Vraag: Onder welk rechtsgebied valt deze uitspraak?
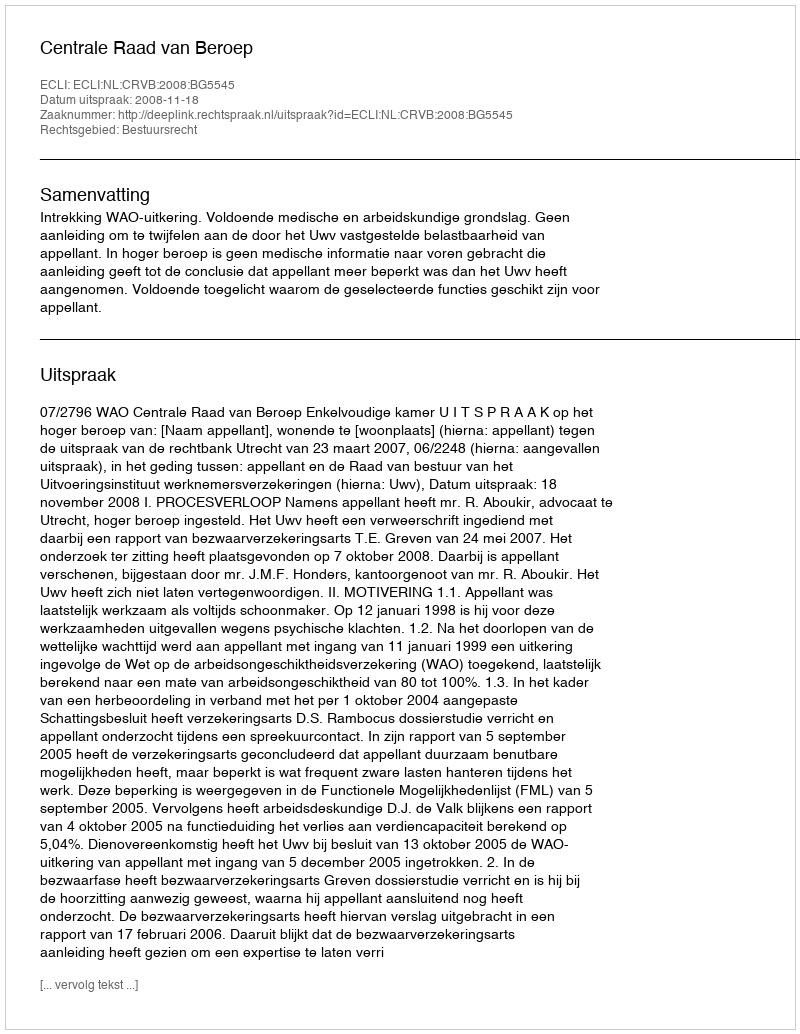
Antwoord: Bestuursrecht